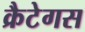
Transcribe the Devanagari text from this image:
क्रैटेगस